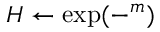
\begin{array} { r } { H \leftarrow \exp ( - ^ { m } ) } \end{array}